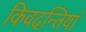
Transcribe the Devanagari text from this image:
किवदन्तियां